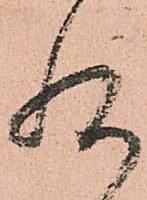
惶